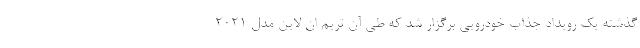
گذشته یک رویداد جذاب خودرویی برگزار شد که طی آن تریم ان لاین مدل 2021